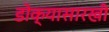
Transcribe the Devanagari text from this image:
डोक्यासारखी